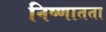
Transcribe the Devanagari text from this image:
निष्णातता